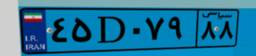
۴۵D۰۷۹۸۸